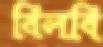
বিলবি